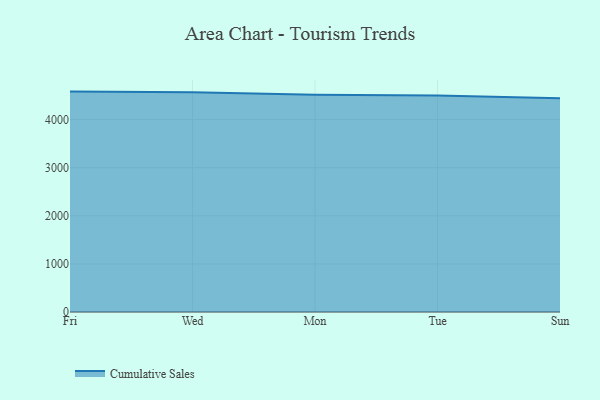
{"axis": {"x": "Day", "y": "Temperature (°C)"}, "legend": ["Cumulative Sales"], "data": [{"x": "Fri", "y": 4582.3, "type": "Cumulative Sales"}, {"x": "Wed", "y": 4567.8, "type": "Cumulative Sales"}, {"x": "Mon", "y": 4514.4, "type": "Cumulative Sales"}, {"x": "Tue", "y": 4499.1, "type": "Cumulative Sales"}, {"x": "Sun", "y": 4443.8, "type": "Cumulative Sales"}]}